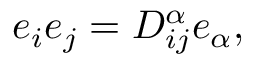
e _ { i } e _ { j } = D _ { i j } ^ { \alpha } e _ { \alpha } ,